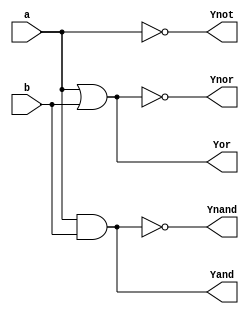
module Proyecto1
(
	input a, b,
	output Yand, Yor, Ynot, Ynand, Ynor
);

assign Yand = a & b;
assign Yor = a | b;
assign Ynot = ~a;
assign Ynand = ~(a & b);
assign Ynor = ~(a | b);

endmodule